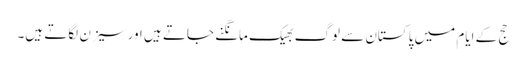
حج کے ایام میں پاکستان سے لوگ بھیک مانگنے جاتے ہیں اور سیزن لگاتے ہیں۔